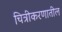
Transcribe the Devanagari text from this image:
चित्रीकरणातील